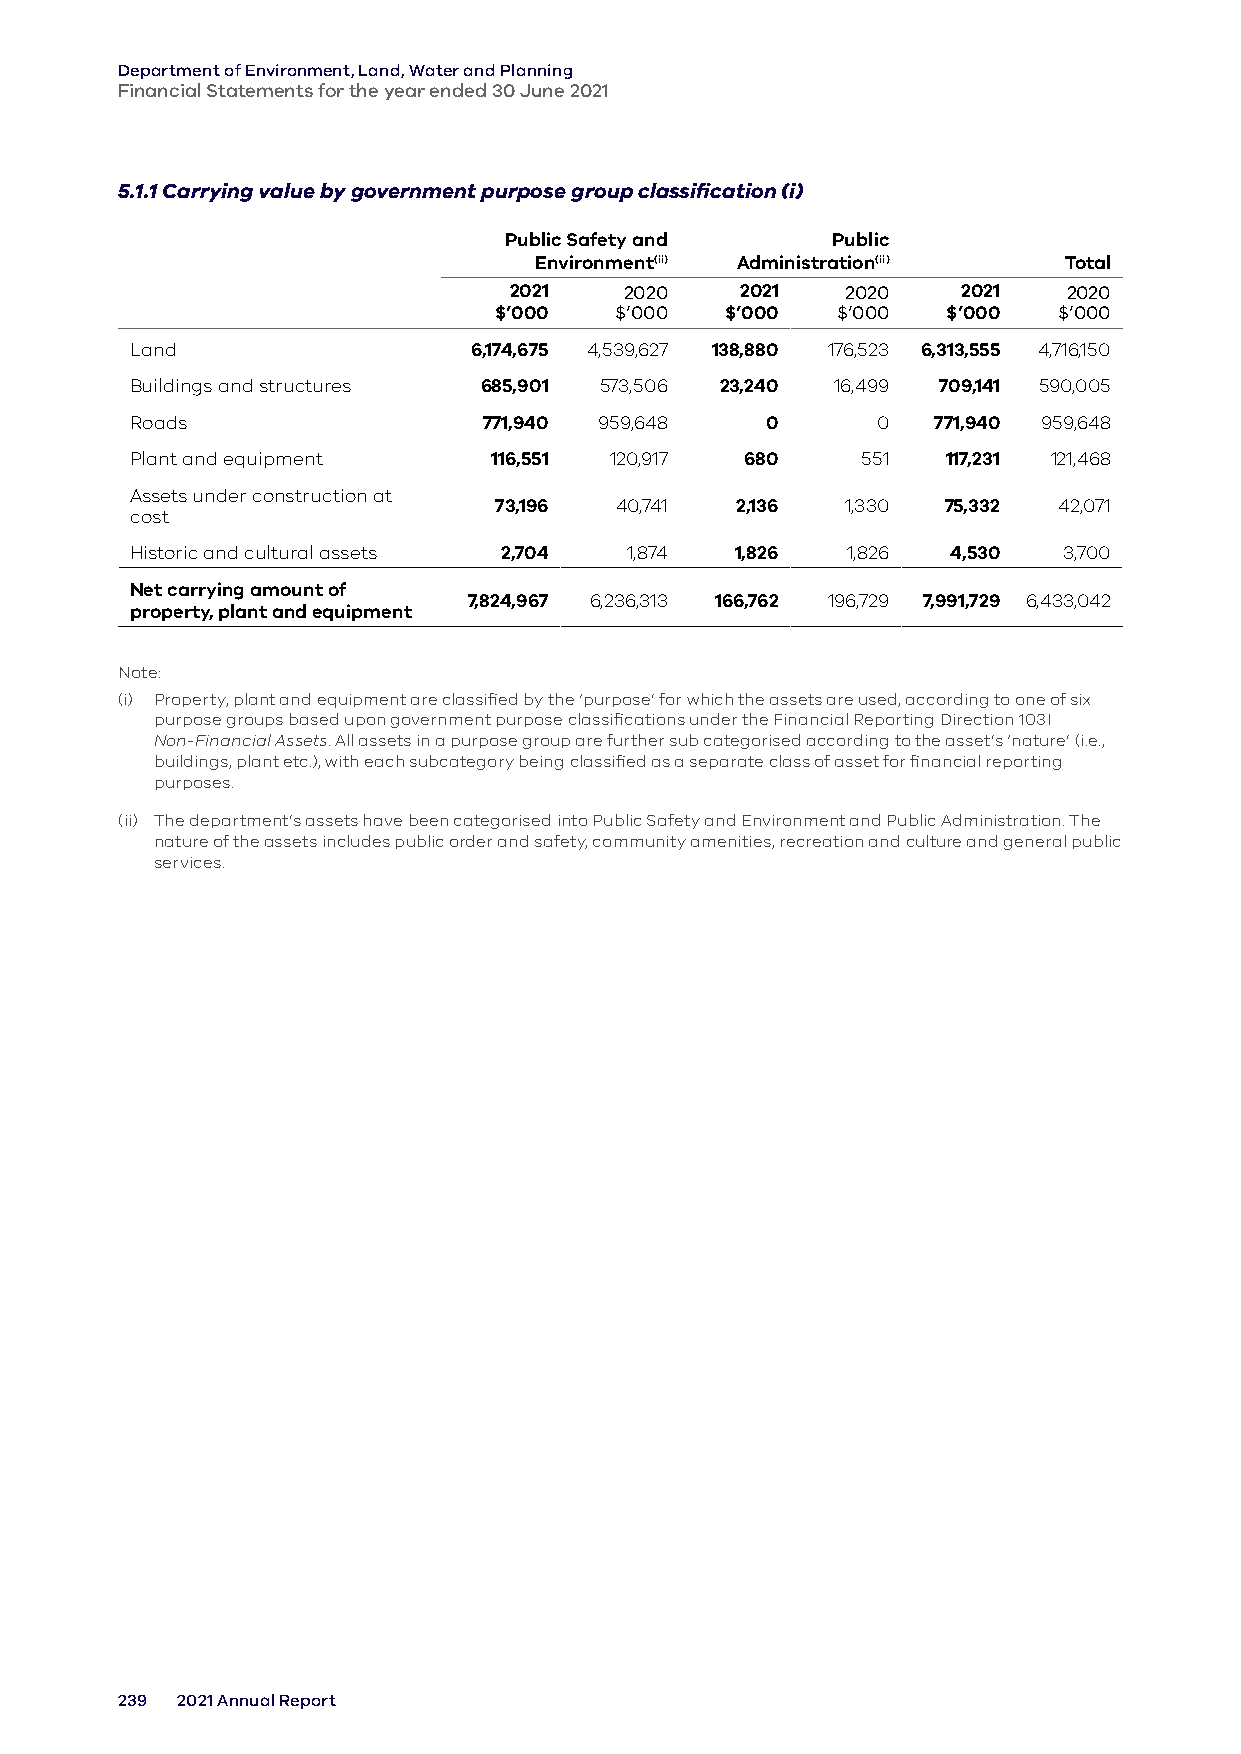
Department of Environment, Land, Water and Planning
 Financial Statements for the year ended 30 June 2021
 5.1.1 Carrying value by government purpose group classification (i)
 Public Safety and     Public
 Environment(ii) Administration(ii) Total
 2021   2020    2021   2020    2021   2020
 $’000   $’000  $’000  $’000   $’000  $’000
 Land                  6,174,675 4,539,627 138,880 176,523 6,313,555 4,716,150
 Buildings and structures 685,901 573,506 23,240 16,499 709,141 590,005
 Roads                  771,940 959,648    0      0   771,940 959,648
 Plant and equipment    116,551 120,917  680     551   117,231 121,468
 Assets under construction at
 73,196  40,741  2,136  1,330  75,332 42,071
 cost
 Historic and cultural assets 2,704 1,874 1,826 1,826  4,530  3,700
 Net carrying amount of
 7,824,967 6,236,313 166,762 196,729 7,991,729 6,433,042
 property, plant and equipment
 Note:
 (i) Property, plant and equipment are classified by the ‘purpose’ for which the assets are used, according to one of six
 purpose groups based upon government purpose classifications under the Financial Reporting Direction 103I
 Non-Financial Assets. All assets in a purpose group are further sub categorised according to the asset’s ‘nature’ (i.e.,
 buildings, plant etc.), with each subcategory being classified as a separate class of asset for financial reporting
 purposes.
 (ii) The department’s assets have been categorised into Public Safety and Environment and Public Administration. The
 nature of the assets includes public order and safety, community amenities, recreation and culture and general public
 services.
 239 2021 Annual Report